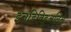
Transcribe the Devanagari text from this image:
इनडिविडुअलिटी